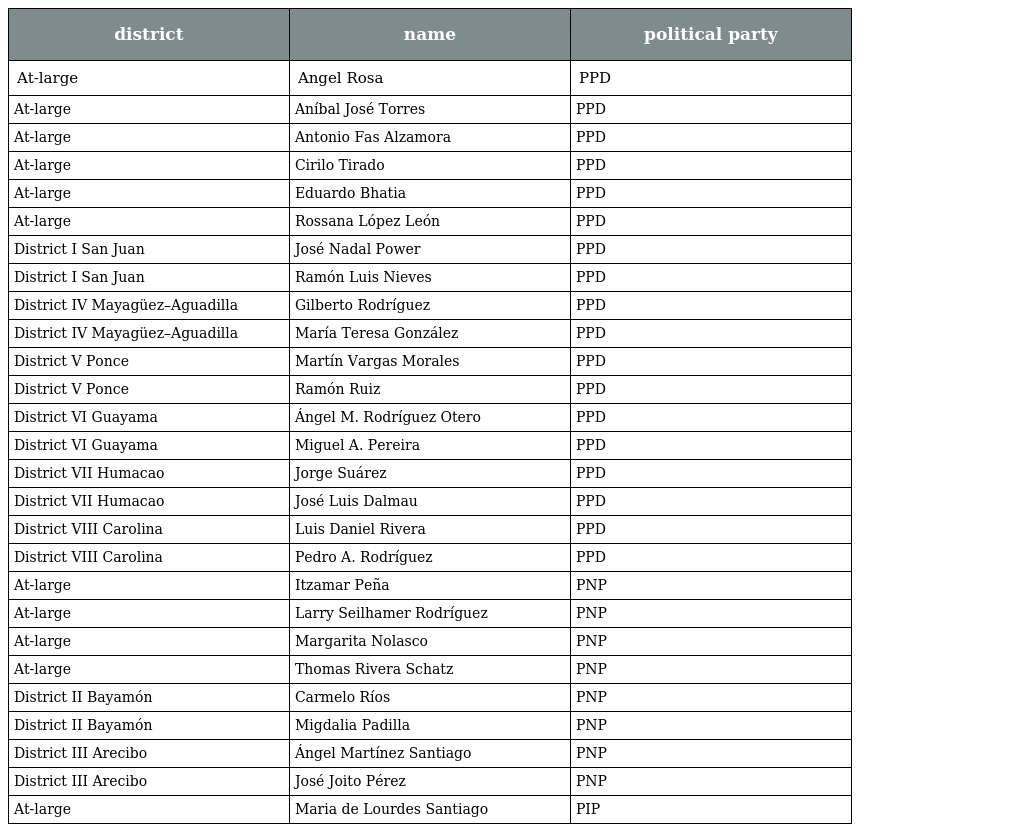
| district | name | political party |
 | --- | --- | --- |
 | At-large | Angel Rosa | PPD |
 | At-large | Aníbal José Torres | PPD |
 | At-large | Antonio Fas Alzamora | PPD |
 | At-large | Cirilo Tirado | PPD |
 | At-large | Eduardo Bhatia | PPD |
 | At-large | Rossana López León | PPD |
 | District I San Juan | José Nadal Power | PPD |
 | District I San Juan | Ramón Luis Nieves | PPD |
 | District IV Mayagüez–Aguadilla | Gilberto Rodríguez | PPD |
 | District IV Mayagüez–Aguadilla | María Teresa González | PPD |
 | District V Ponce | Martín Vargas Morales | PPD |
 | District V Ponce | Ramón Ruiz | PPD |
 | District VI Guayama | Ángel M. Rodríguez Otero | PPD |
 | District VI Guayama | Miguel A. Pereira | PPD |
 | District VII Humacao | Jorge Suárez | PPD |
 | District VII Humacao | José Luis Dalmau | PPD |
 | District VIII Carolina | Luis Daniel Rivera | PPD |
 | District VIII Carolina | Pedro A. Rodríguez | PPD |
 | At-large | Itzamar Peña | PNP |
 | At-large | Larry Seilhamer Rodríguez | PNP |
 | At-large | Margarita Nolasco | PNP |
 | At-large | Thomas Rivera Schatz | PNP |
 | District II Bayamón | Carmelo Ríos | PNP |
 | District II Bayamón | Migdalia Padilla | PNP |
 | District III Arecibo | Ángel Martínez Santiago | PNP |
 | District III Arecibo | José Joito Pérez | PNP |
 | At-large | Maria de Lourdes Santiago | PIP |